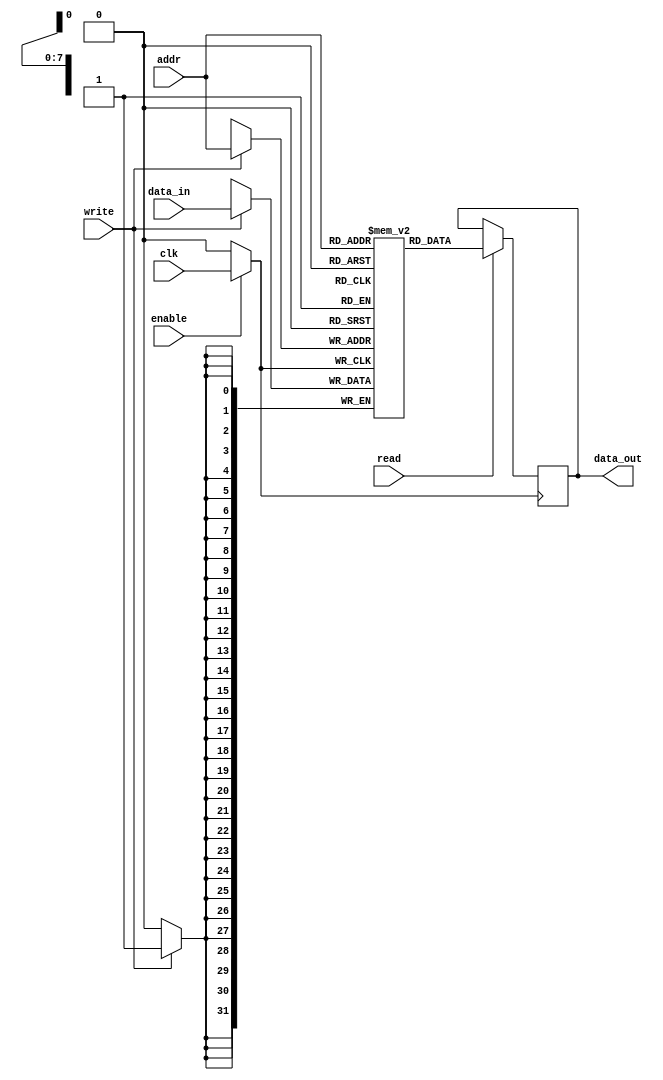
module MemoryBlock(
    input wire clk,               // Input clock
    input wire enable,            // Clock gating enable signal
    input wire [addr_width-1:0] addr, // Memory address
    input wire [data_width-1:0] data_in, // Data input for write operations
    input wire read,              // Read enable signal
    input wire write,             // Write enable signal
    output reg [data_width-1:0] data_out // Data output for read operations
);
    parameter addr_width = 8;     // Adjust as necessary
    parameter data_width = 32;     // Adjust as necessary
    parameter MEM_SIZE = 1 << addr_width; // Memory size based on address width

    // Memory array declaration
    reg [data_width-1:0] mem_array [0:MEM_SIZE-1];

    // Gated clock signal
    wire gated_clk;
    assign gated_clk = enable ? clk : 1'b0; // Clock gating logic

    // Sequential logic for memory operations
    always @(posedge gated_clk) begin
        if (write) begin
            mem_array[addr] <= data_in; // Write operation
        end
        if (read) begin
            data_out <= mem_array[addr]; // Read operation
        end
    end

endmodule